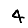
Digit: 4